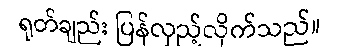
ရုတ်ချည်း ပြန်လှည့်လိုက်သည်။